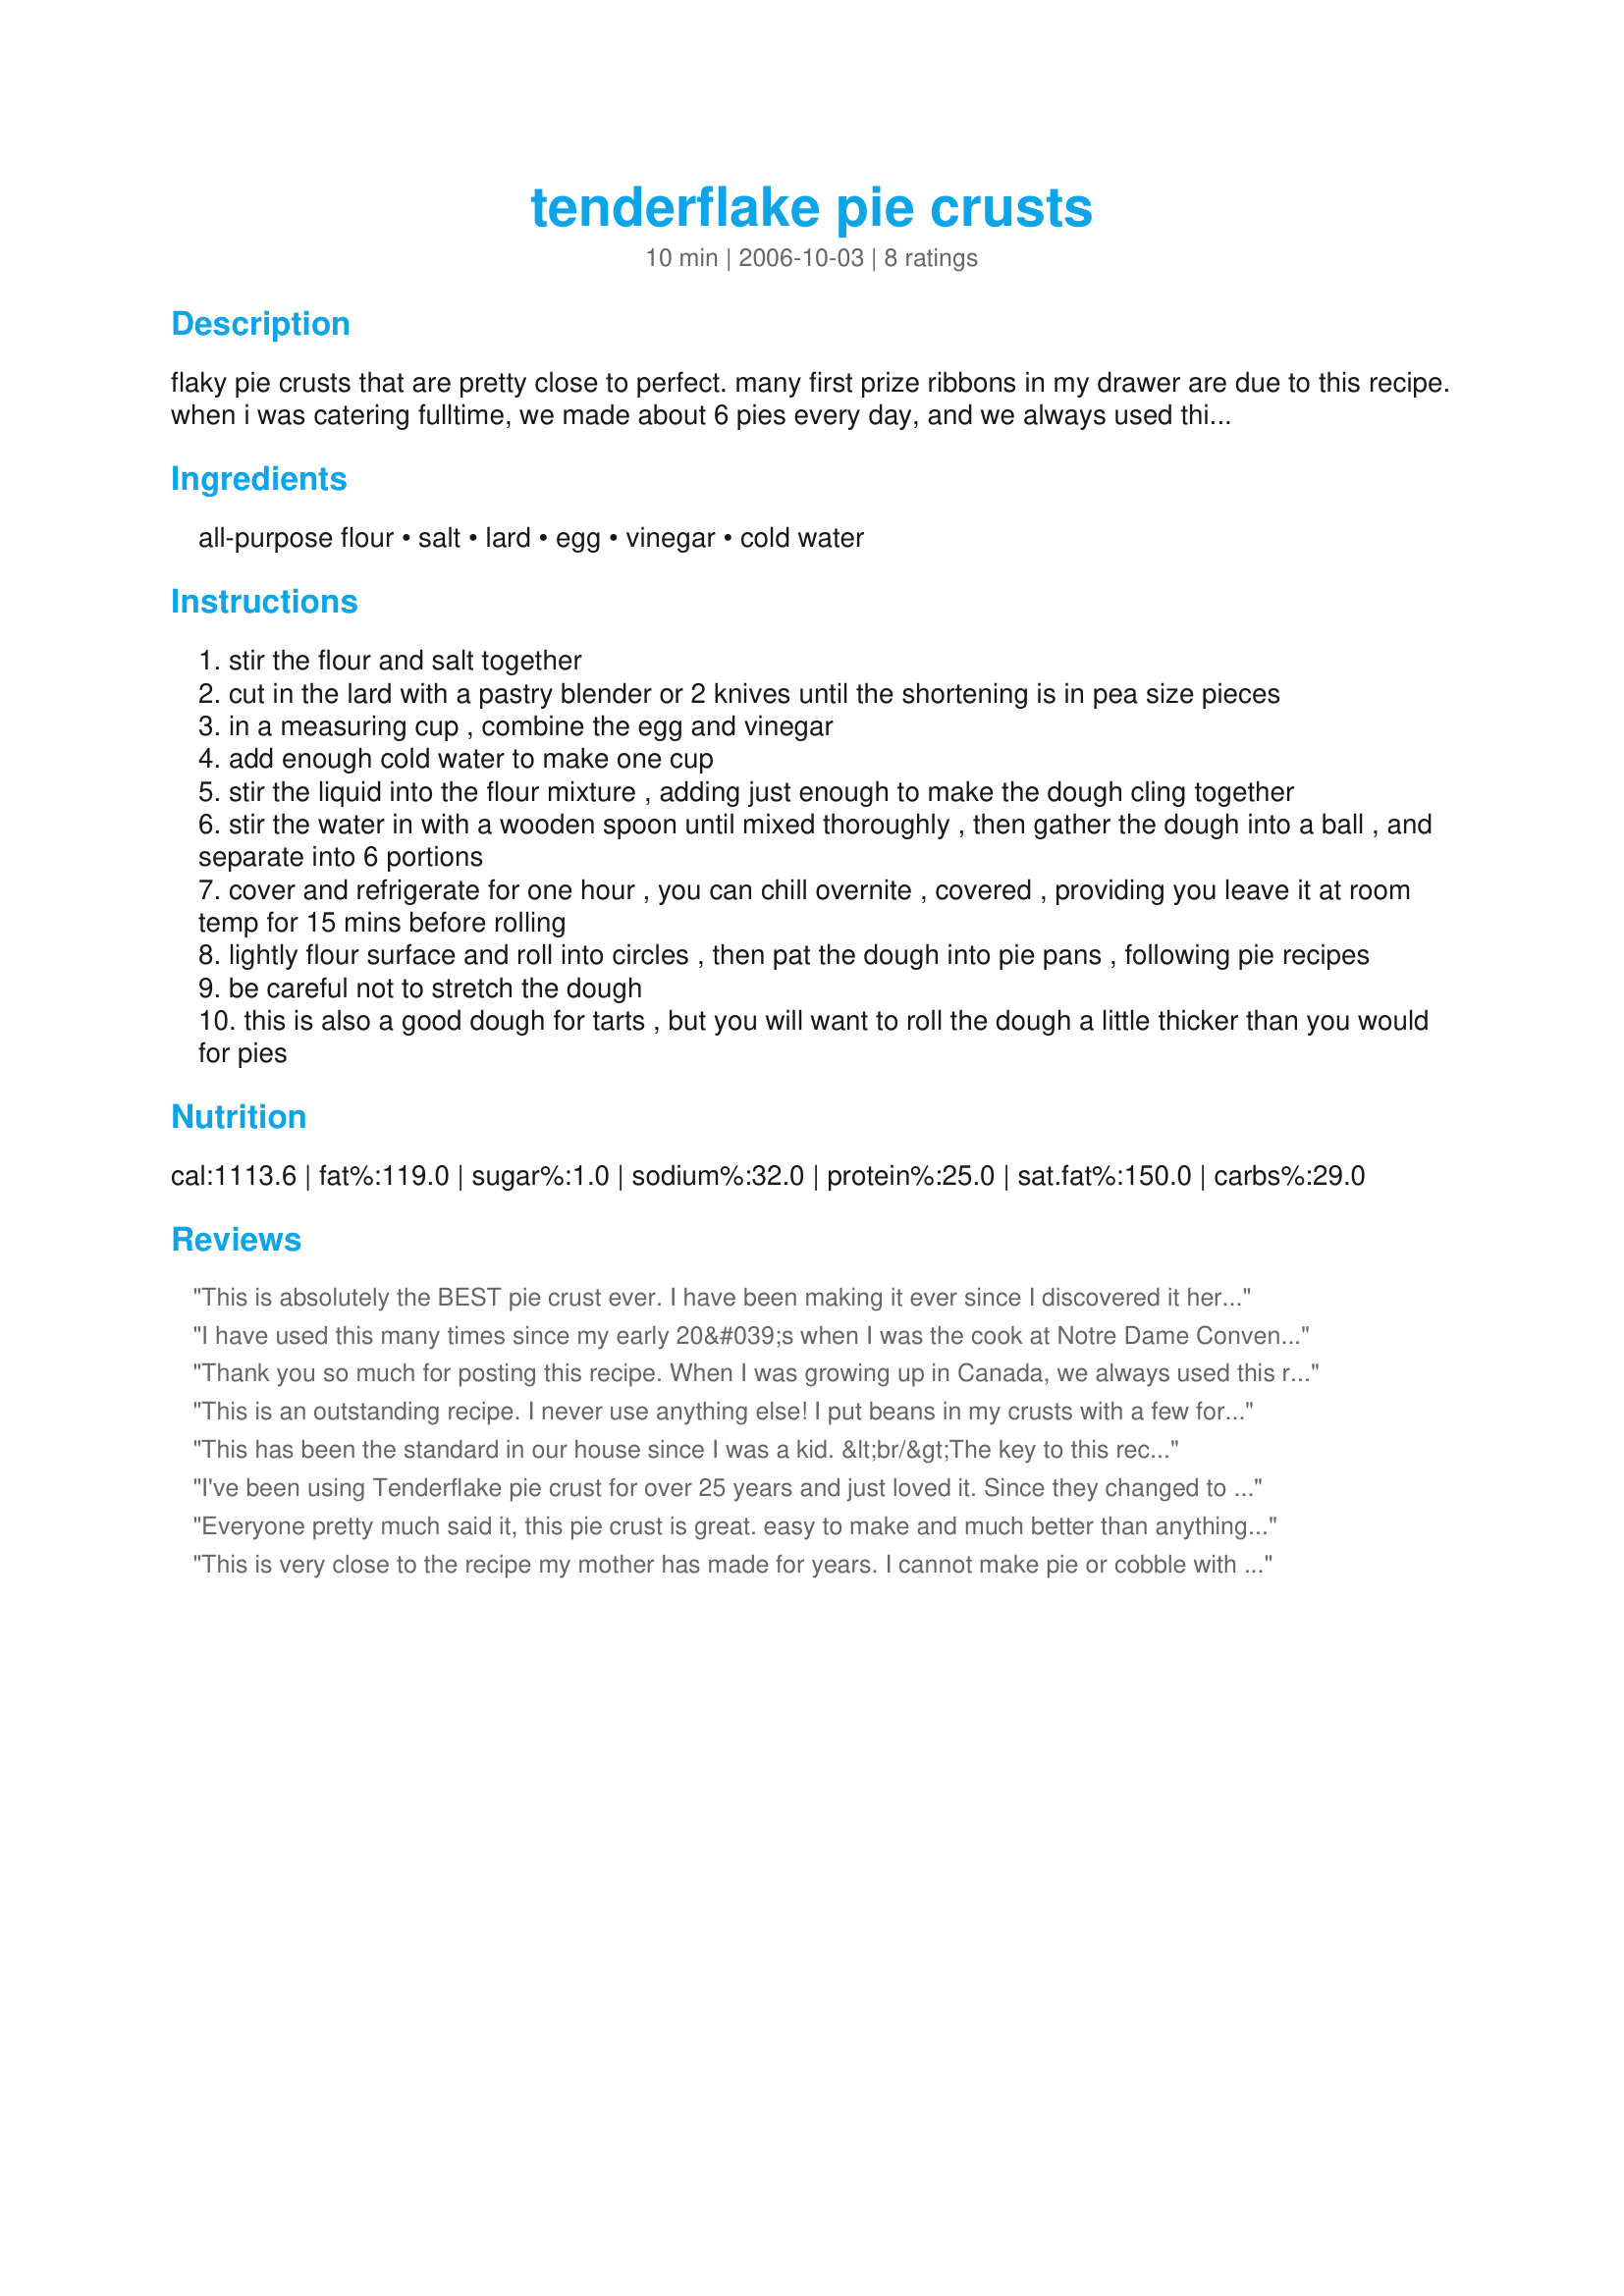
tenderflake pie crusts
Preparation time: 10 minutes

flaky pie crusts that are pretty close to perfect. many first prize ribbons in my drawer are due to this recipe. when i was catering fulltime, we made about 6 pies every day, and we always used this recipe from the tenderflake box.

Ingredients:
all-purpose flour, salt, lard, egg, vinegar, cold water

Steps:
stir the flour and salt together
cut in the lard with a pastry blender or 2 knives until the shortening is in pea size pieces
in a measuring cup , combine the egg and vinegar
add enough cold water to make one cup
stir the liquid into the flour mixture , adding just enough to make the dough cling together
stir the water in with a wooden spoon until mixed thoroughly , then gather the dough into a ball , and separate into 6 portions
cover and refrigerate for one hour , you can chill overnite , covered , providing you leave it at room temp for 15 mins before rolling
lightly flour surface and roll into circles , then pat the dough into pie pans , following pie recipes
be careful not to stretch the dough
this is also a good dough for tarts , but you will want to roll the dough a little thicker than you would for pies

Reviews:
This is absolutely the BEST pie crust ever. I have been making it ever since I discovered it here on Zaar about four years ago. It is the only pie crust recipe that I use at Thanksgiving with my Bourbon Chocolate Pecan Pie
Recipe #32740. Two things have worked well for me; I make it in the food processor and I also divide it into six balls, flatten and wrap in plastic wrap, freeze them and them vacuum seal the frozen portions. It is such a convenience to be able to take them out of the freezer, thaw and then whip up a pie....so much better than store bought. This recipe is the all coveted "flaky on the bottom" answer to your pie dreams. Thank you Chef Dee for posting this for all to enjoy!
I have used this many times since my early 20&#039;s when I was the cook at Notre Dame Convent in Toronto Canada. The thing you need to remember is this is a pork product and many people for religious reasons (Jew, Muslim) can not eat this.&lt;br/&gt;&lt;br/&gt;I use this for my family holidays. &lt;br/&gt;&lt;br/&gt;Lard = Flakist Pastry Ever...:) (with light product handling and cold ingredients) &lt;br/&gt;Butter = = BEST FLAVOUR! But not so flay a product...:(&lt;br/&gt;&lt;br/&gt;Want the best of both Worlds? As long as you add half butter and half Lard you get both with a wee bit (only a bit) loss in each category.&lt;br/&gt;&lt;br/&gt;Myself I generally always use a glass pie plate that I butter generously for a nice colour and it adds flavour and I use all or almost all Lard in the pastry. I also rest the dough in the fridge after rolling for about an hour or more if I am busy. Put the pie into a good hot oven.&lt;br/&gt;&lt;br/&gt;Chef Paullett De Moura&lt;br/&gt;Info@thedemoura winery way
Thank you so much for posting this recipe. When I was growing up in Canada, we always used this recipe.. never had to write it down, it was on the back of the lard box! Now I live in Australia and have been hunting high & low to find this recipe. Have made this with unsalted butter instead of lard, and it turns out great.
This is an outstanding recipe. I never use anything else! I put beans in my crusts with a few fork pokes when baking. I can reuse the beans! I am glad you have posted. 
It is so nice and flaky.
This has been the standard in our house since I was a kid. &lt;br/&gt;The key to this recipe is &quot;pea sized pieces,&quot; and use cold lard. You want to coat the lard bits with flour, not coat the flour with lard.&lt;br/&gt;I like to fold it and squash it flat a few times to flatten the lard a bit, then chill it for a while.
I've been using Tenderflake pie crust for over 25 years and just loved it. Since they changed to 'Simpler Ingredients' I haven't had one pie crust that was any good. It really shrinks now more than ever but my biggest complaint is the following: with the simpler ingredients, when I make a lemon meringue pie, the crust soaks up the moisture of the lemon filling. I've ruined at least 6 lemon pies. Do you have any suggestions or have you heard any complaints similar. I've switched to Pillsbury roll up pie shells but would prefer to use tenderflake
Everyone pretty much said it, this pie crust is great. easy to make and much better than anything store bought. try it!!
This is very close to the recipe my mother has made for years. I cannot make pie or cobble with any other recipe. This is always, ALWAYS flaky and delicate. Thanks for posting this truly great pie crust recipe!
